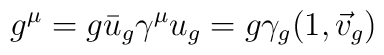
g^{\mu}=g\bar{u}_g\gamma^{\mu}u_g=g\gamma_g(1,\vec{v}_g)